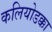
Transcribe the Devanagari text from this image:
कलियोडक्का